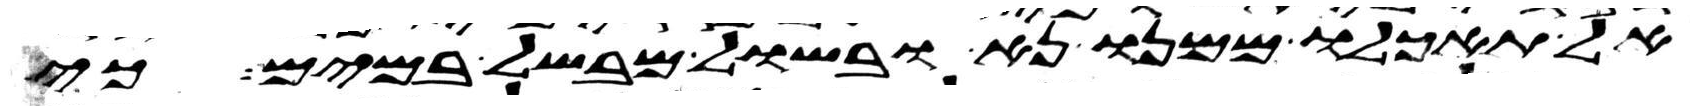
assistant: אל תאכלו ממנו נא ובשל מבשל במים כי